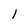
Character: 1